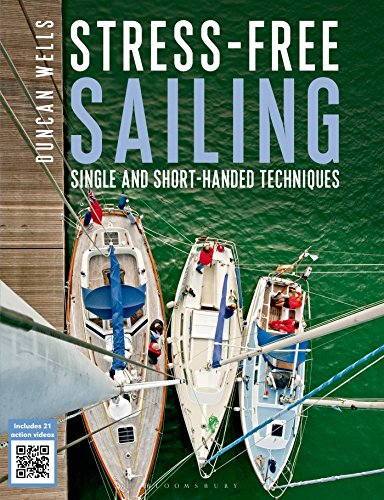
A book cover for Stress-free Sailing: Single and Short-handed Techniques; Duncan Wells; Sports & Outdoors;